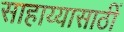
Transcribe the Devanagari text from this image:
साहाय्यासाठीं